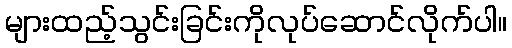
များထည့်သွင်းခြင်းကိုလုပ်ဆောင်လိုက်ပါ။